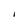
Character: I